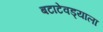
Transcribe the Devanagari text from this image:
बटाटेवड्याला